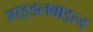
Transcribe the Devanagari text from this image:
आइडलवाइल्ड